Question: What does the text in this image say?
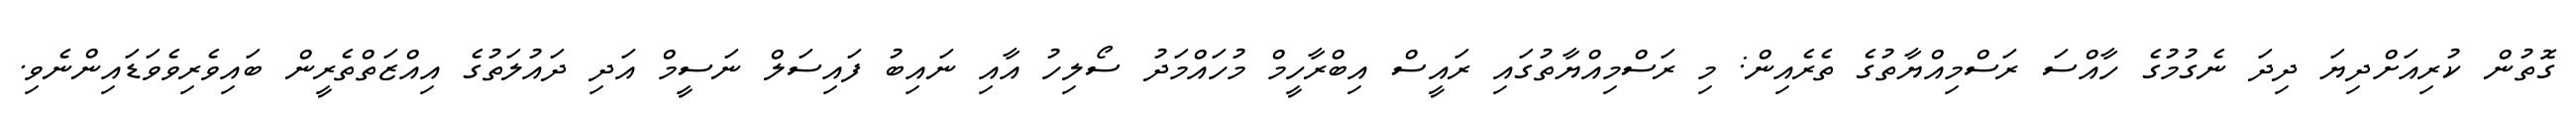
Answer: ގޮތުން ކުރިއަށްދިޔަ ދިދަ ނެގުމުގެ ހާއްސަ ރަސްމިއްޔާތުގެ ތެރެއިން: މި ރަސްމިއްޔާތުގައި ރައީސް އިބްރާހީމް މުހައްމަދު ސޯލިހު އާއި ނައިބު ފައިސަލް ނަސީމް އަދި ދައުލަތުގެ އިއްޒަތްތެރީން ބައިވެރިވެވަޑައިންނެވި.